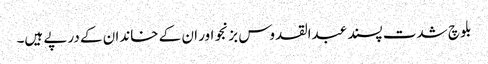
بلوچ شدت پسند عبدالقدوس بزنجو اور ان کے خاندان کے درپے ہیں۔